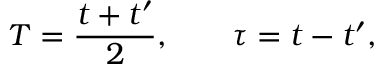
T = \frac { t + t ^ { \prime } } { 2 } , \; \; \; \; \; \; \; \tau = t - t ^ { \prime } ,